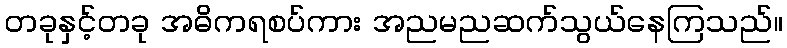
တခုနှင့်တခု အဓိကရစပ်ကား အညမညဆက်သွယ်နေကြသည်။